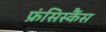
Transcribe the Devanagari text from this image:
फ्रंसिस्कैंस